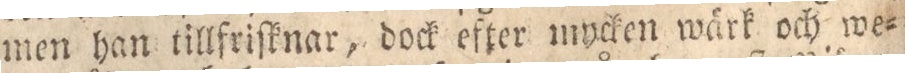
men han tillfriſknar, dock efter mycken wärk och we=